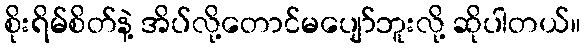
စိုးရိမ်စိတ်နဲ့ အိပ်လို့တောင်မပျော်ဘူးလို့ ဆိုပါတယ်။